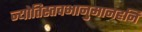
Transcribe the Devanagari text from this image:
ज्योतिस्तवभानुमानहनि